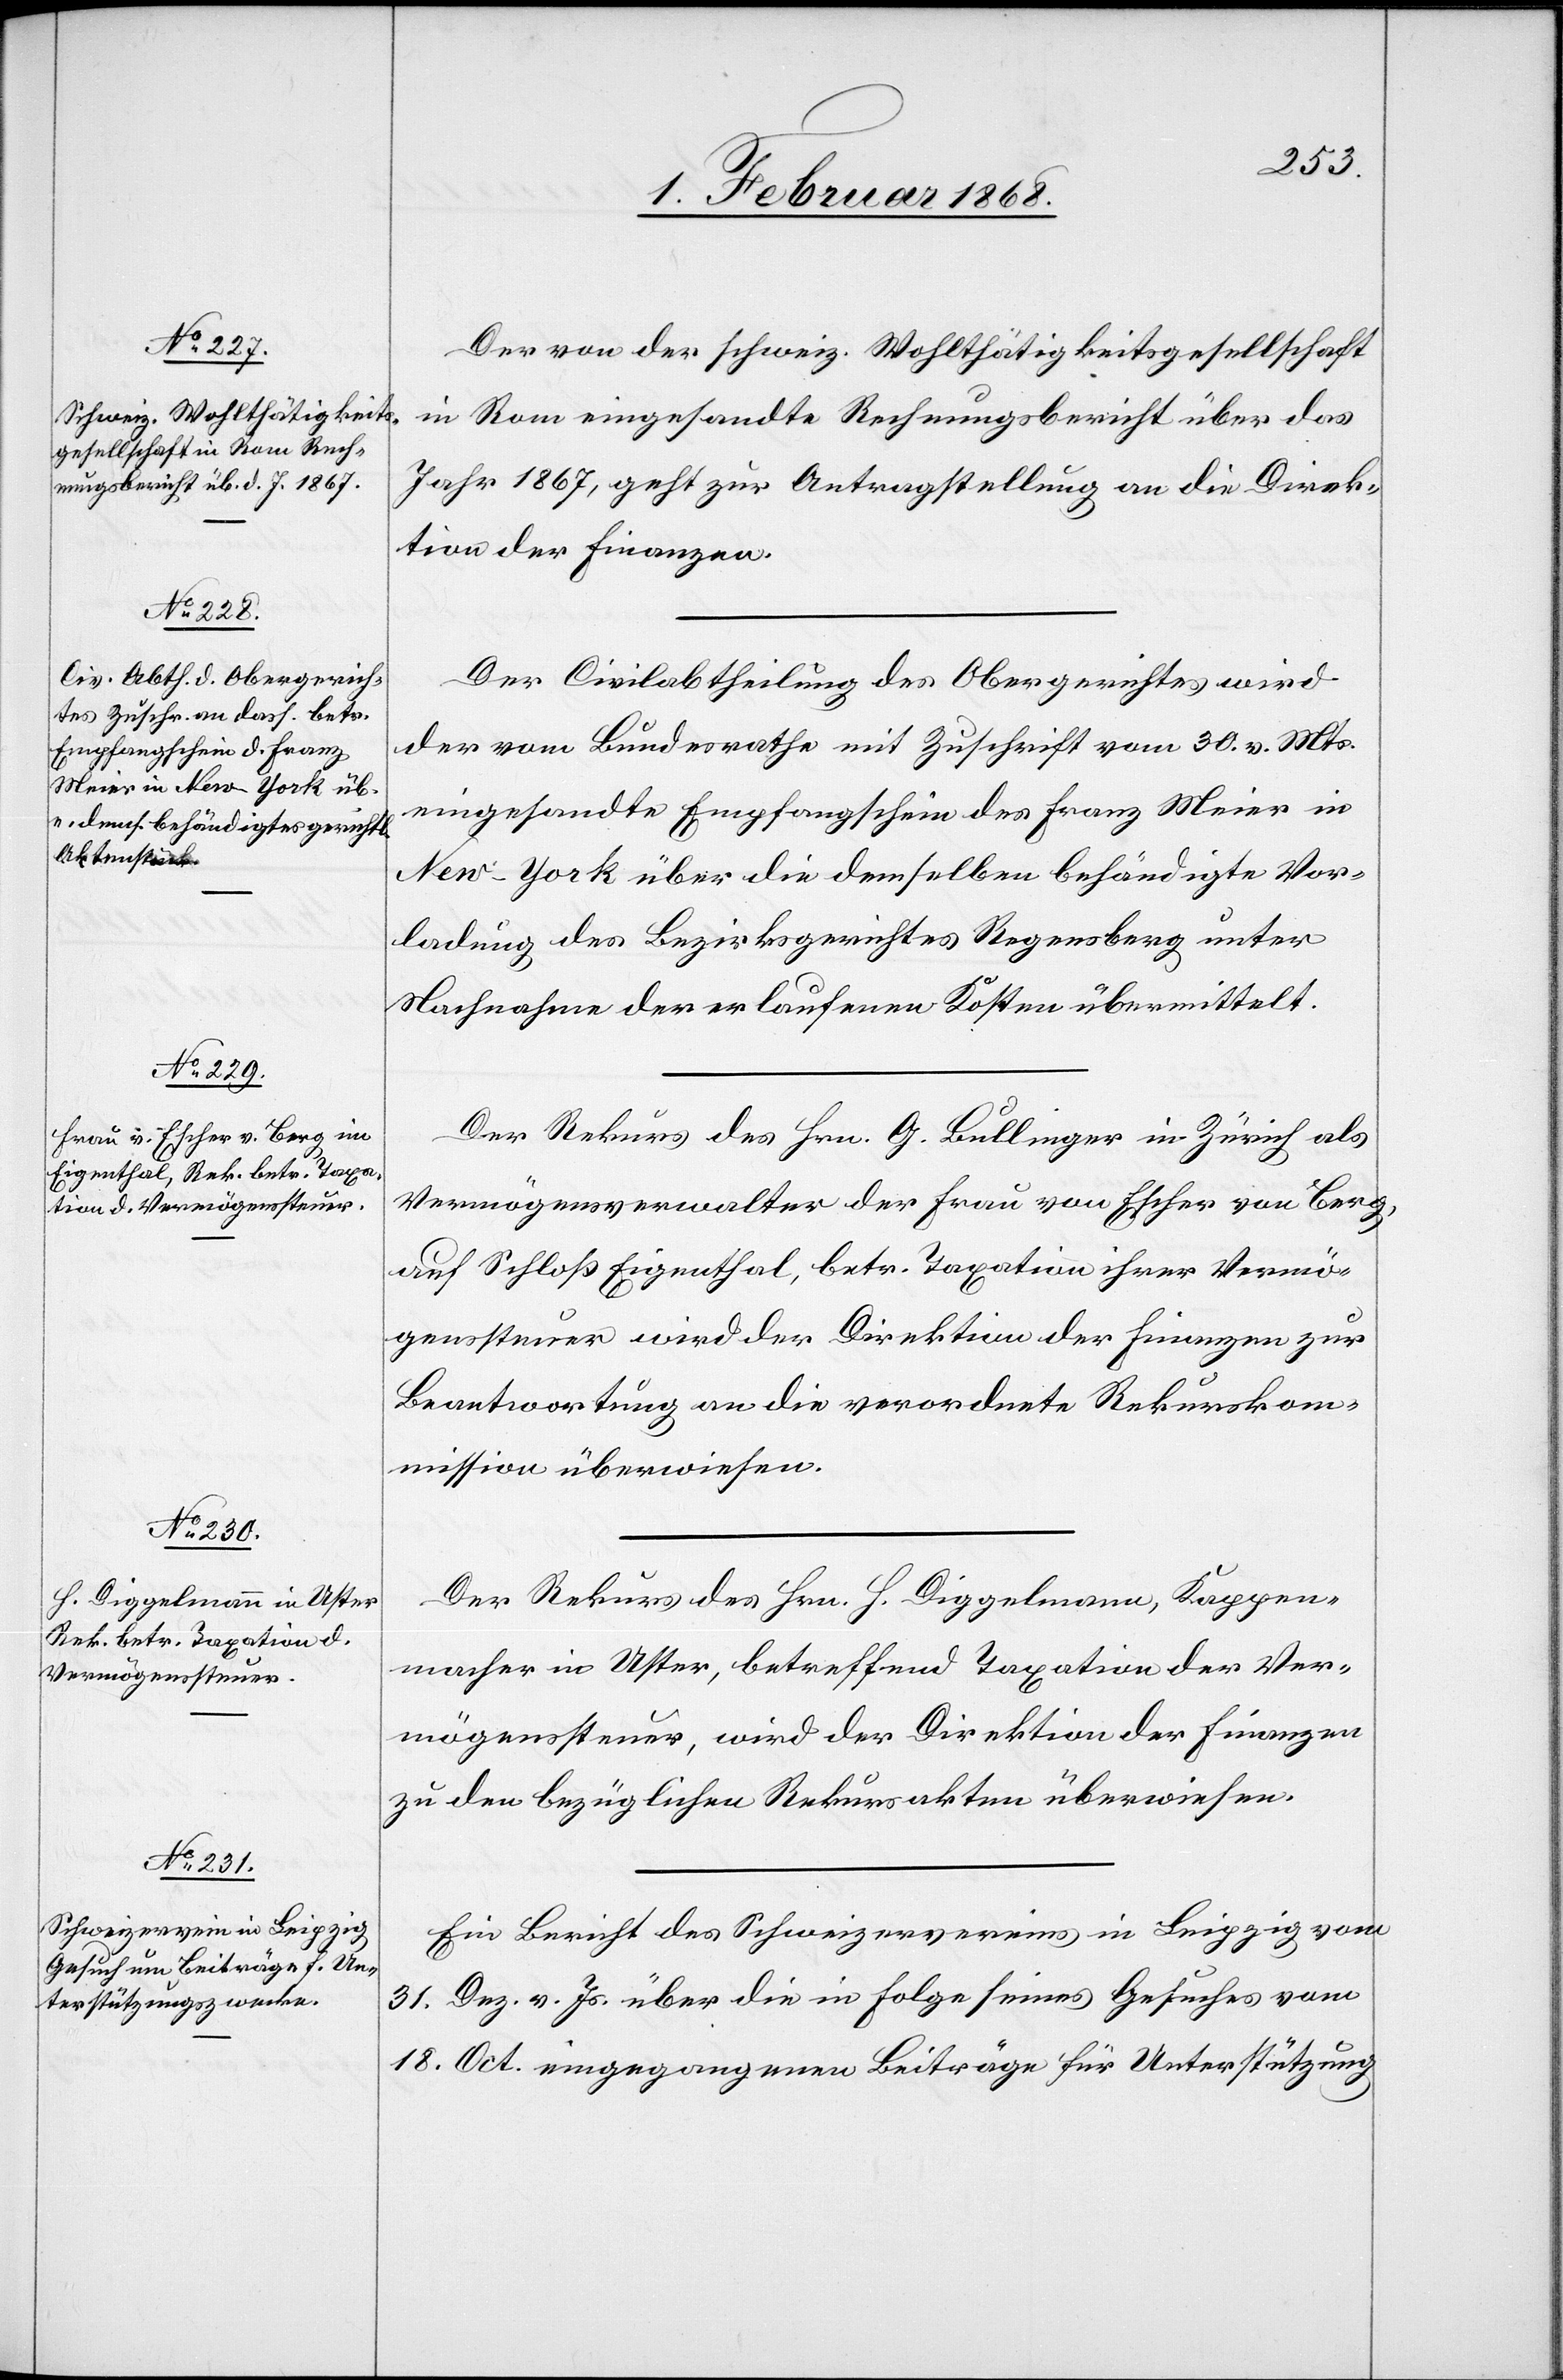
3. Februar 1868.]
Der von der schweiz. Wohlthätigkeitsgesellschaft
in Rom eingesandte Rechnungsbericht über das
Jahr 1867, geht zur Antragstellung an die Direk¬
tion der Finanzen.
Der Civilabtheilung des Obergerichtes wird
der vom Bundesrathe mit Zuschrift vom 30. v. Mts.
eingesandte Empfangschein des Franz Meier in
New-York über die demselben behändigte Vor¬
ladung des Bezirksgerichtes Regensberg unter
Nachnahme der erlaufenen Kosten übermittelt.
Der Rekurs des Hrn. G. Bullinger in Zürich als
Vermögensverwalter der Frau von Escher von Berg,
auf Schloß Eigenthal, betr. Taxation ihrer Vermö¬
genssteuer wird der Direktion der Finanzen zur
Beantwortung an die verordnete Rekurskom¬
mission überwiesen.
Der Rekurs des Hrn. H. Diggelmann, Kappen¬
macher in Uster, betreffend Taxation der Ver¬
mögenssteuer, wird der Direktion der Finanzen
zu den bezüglichen Rekursakten überwiesen.
Ein Bericht des Schweizervereins in Leipzig vom
31. Dez. v. Js. über die in Folge seines Gesuches vom
18. Oct. eingegangenen Beiträge für Unterstützung